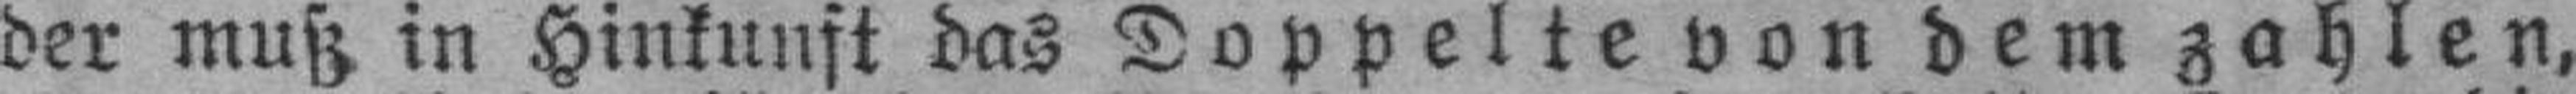
der muß in Hinkunft das Doppelte von dem zahlen,